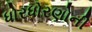
ધોરધોરણોની